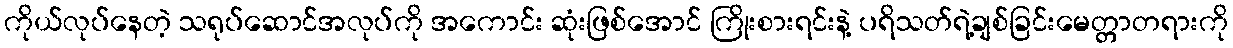
ကိုယ်လုပ်နေတဲ့ သရုပ်ဆောင်အလုပ်ကို အကောင်း ဆုံးဖြစ်အောင် ကြိုးစားရင်းနဲ့ ပရိသတ်ရဲ့ချစ်ခြင်းမေတ္တာတရားကို